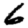
Digit: 6